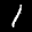
Label: 1